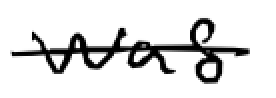
Text: was
Cross-out: single-line
Writing tool: digital_black